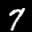
Label: 7